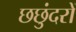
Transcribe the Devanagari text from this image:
छछुंदरों